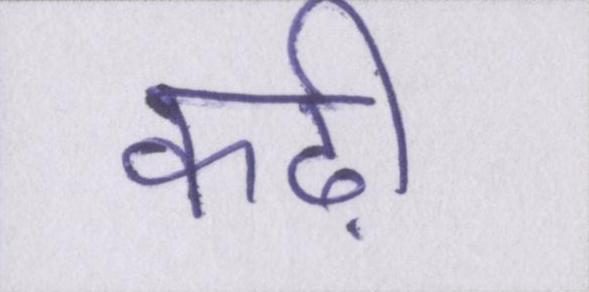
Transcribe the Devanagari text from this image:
कढ़ी